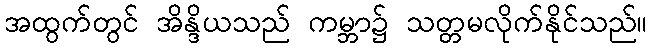
အထွက်တွင် အိန္ဒိယသည် ကမ္ဘာ၌ သတ္တမလိုက်နိုင်သည်။